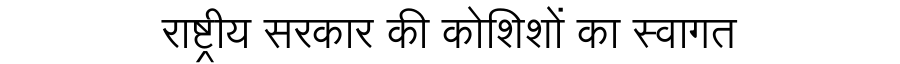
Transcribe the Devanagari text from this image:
राष्ट्रीय सरकार की कोशिशों का स्वागत